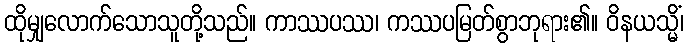
ထိုမျှလောက်သောသူတို့သည်။ ကာဿပဿ၊ ကဿပမြတ်စွာဘုရား၏။ ဝိနယသ္မိံ၊